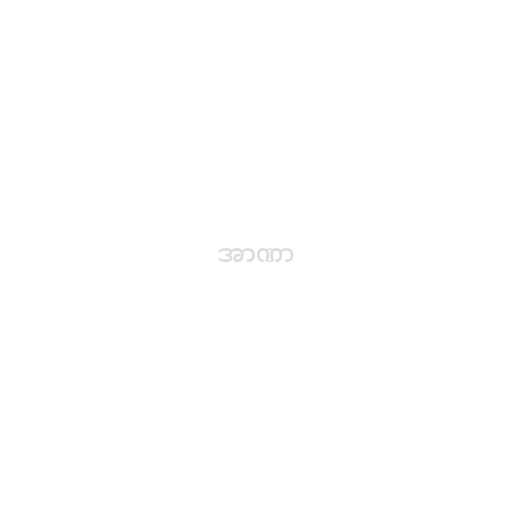
အာဏာ